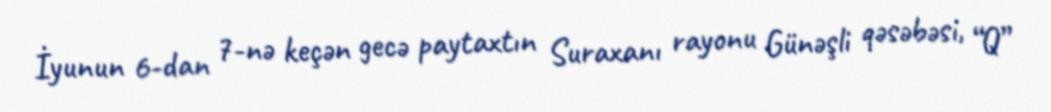
İyunun 6-dan 7-nə keçən gecə paytaxtın Suraxanı rayonu Günəşli qəsəbəsi, “Q”